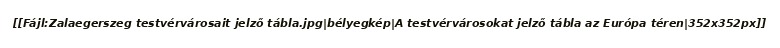
[[Fájl:Zalaegerszeg testvérvárosait jelző tábla.jpg|bélyegkép|A testvérvárosokat jelző tábla az Európa téren|352x352px]]